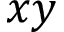
x y